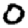
Digit: 0